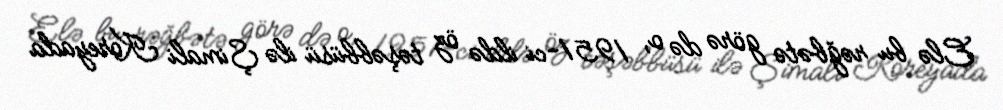
Elə bu rəğbətə görə də o, 1951-ci ildə öz təşəbbüsü ilə Şimali Koreyada